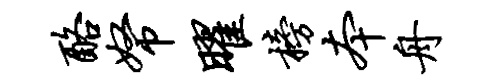
酪帑曜榜本舟